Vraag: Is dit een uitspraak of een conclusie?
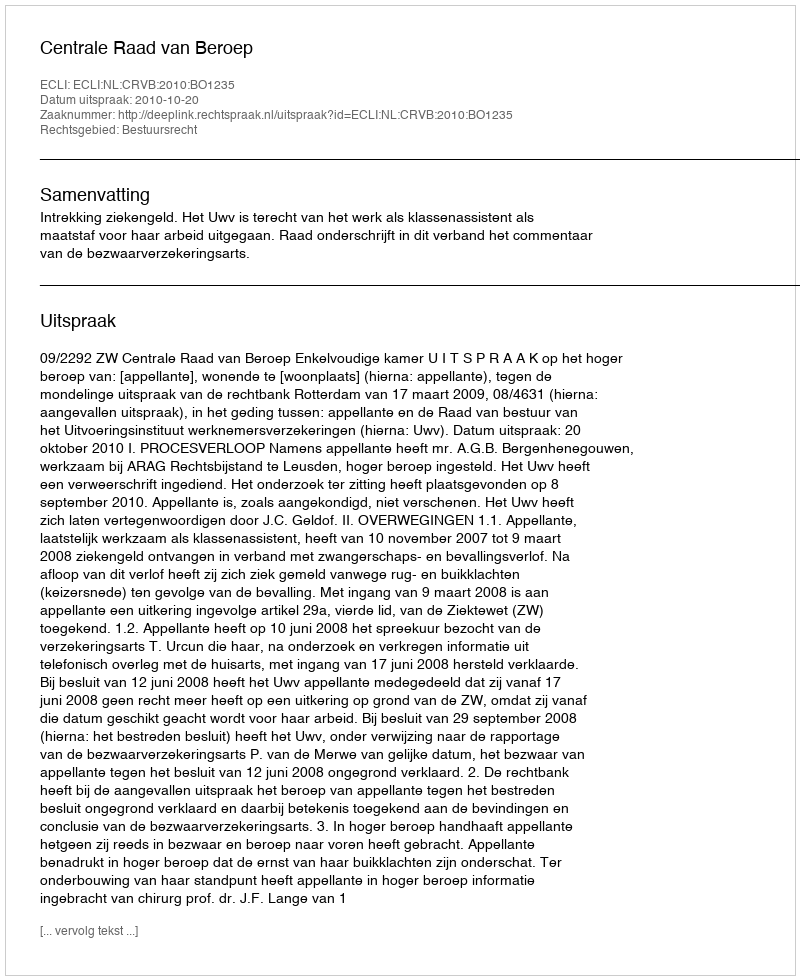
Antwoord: Uitspraak